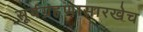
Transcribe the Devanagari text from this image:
सूर्यग्रहणासारखेच